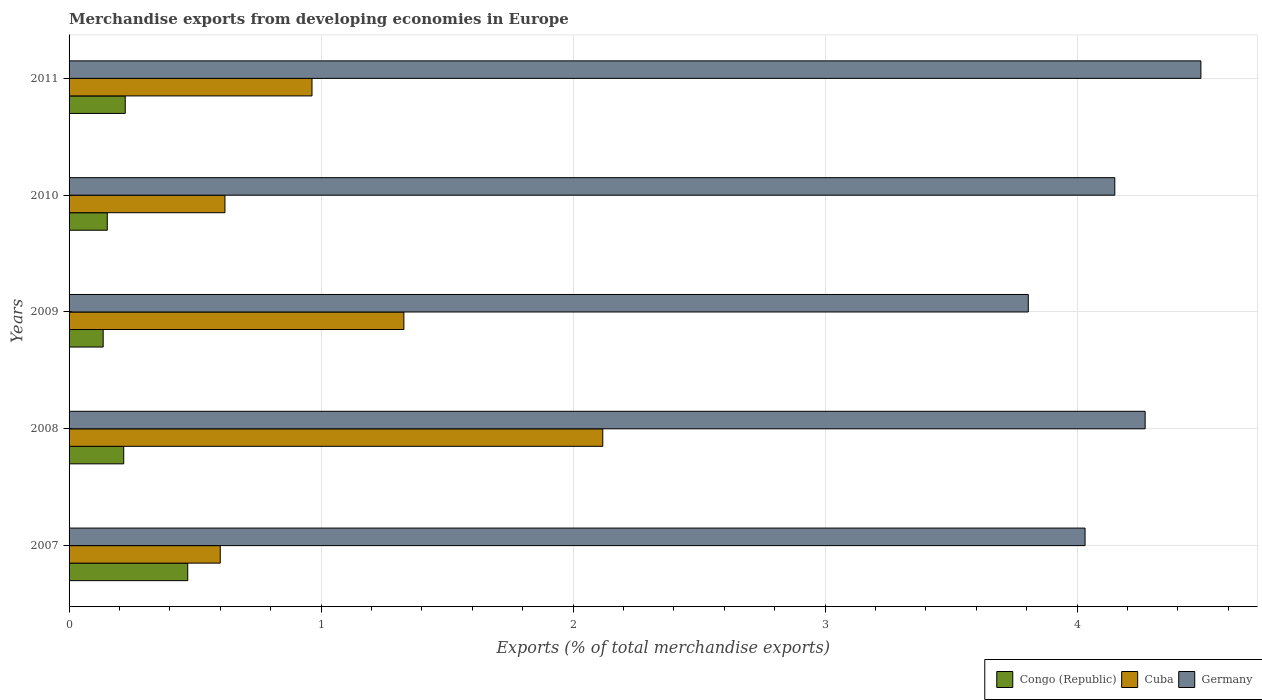
| Years | Congo (Republic) | Cuba | Germany |
 | --- | --- | --- | --- |
 | 2007 | 0.471 | 0.6 | 4.03 |
 | 2008 | 0.217 | 2.12 | 4.27 |
 | 2009 | 0.135 | 1.33 | 3.81 |
 | 2010 | 0.152 | 0.619 | 4.15 |
 | 2011 | 0.223 | 0.964 | 4.49 |